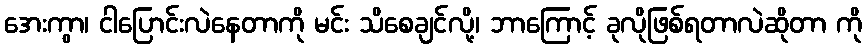
အေးကွာ၊ ငါပြောင်းလဲနေတာကို မင်း သိစေချင်လို့၊ ဘာကြောင့် ခုလိုဖြစ်ရတာလဲဆိုတာ ကို